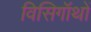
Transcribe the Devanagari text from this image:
विसिगॉथों